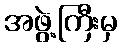
အဖွဲ့ကြီးမှ